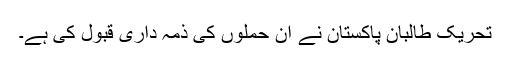
تحریک طالبان پاکستان نے ان حملوں کی ذمہ داری قبول کی ہے۔